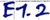
Text: E1.2